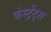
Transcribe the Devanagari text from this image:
कंस्ट्रेंट्स